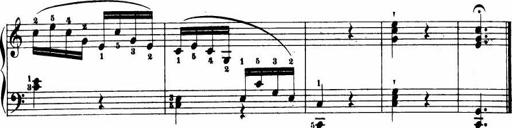
Title: Le bouquetier
Composer: Anton Diabelli
Key: G major
 C major
 F major
 C major